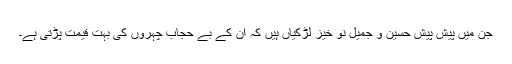
جن میں پیش پیش حسین و جمیل نو خیز لڑکیاں ہیں کہ ان کے بے حجاب چہروں کی بہت قیمت پڑتی ہے۔